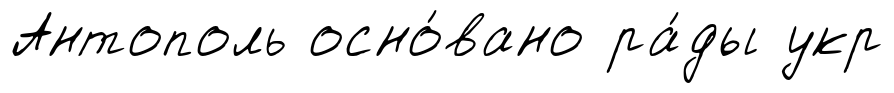
Антополь осно́вано ра́ды укр